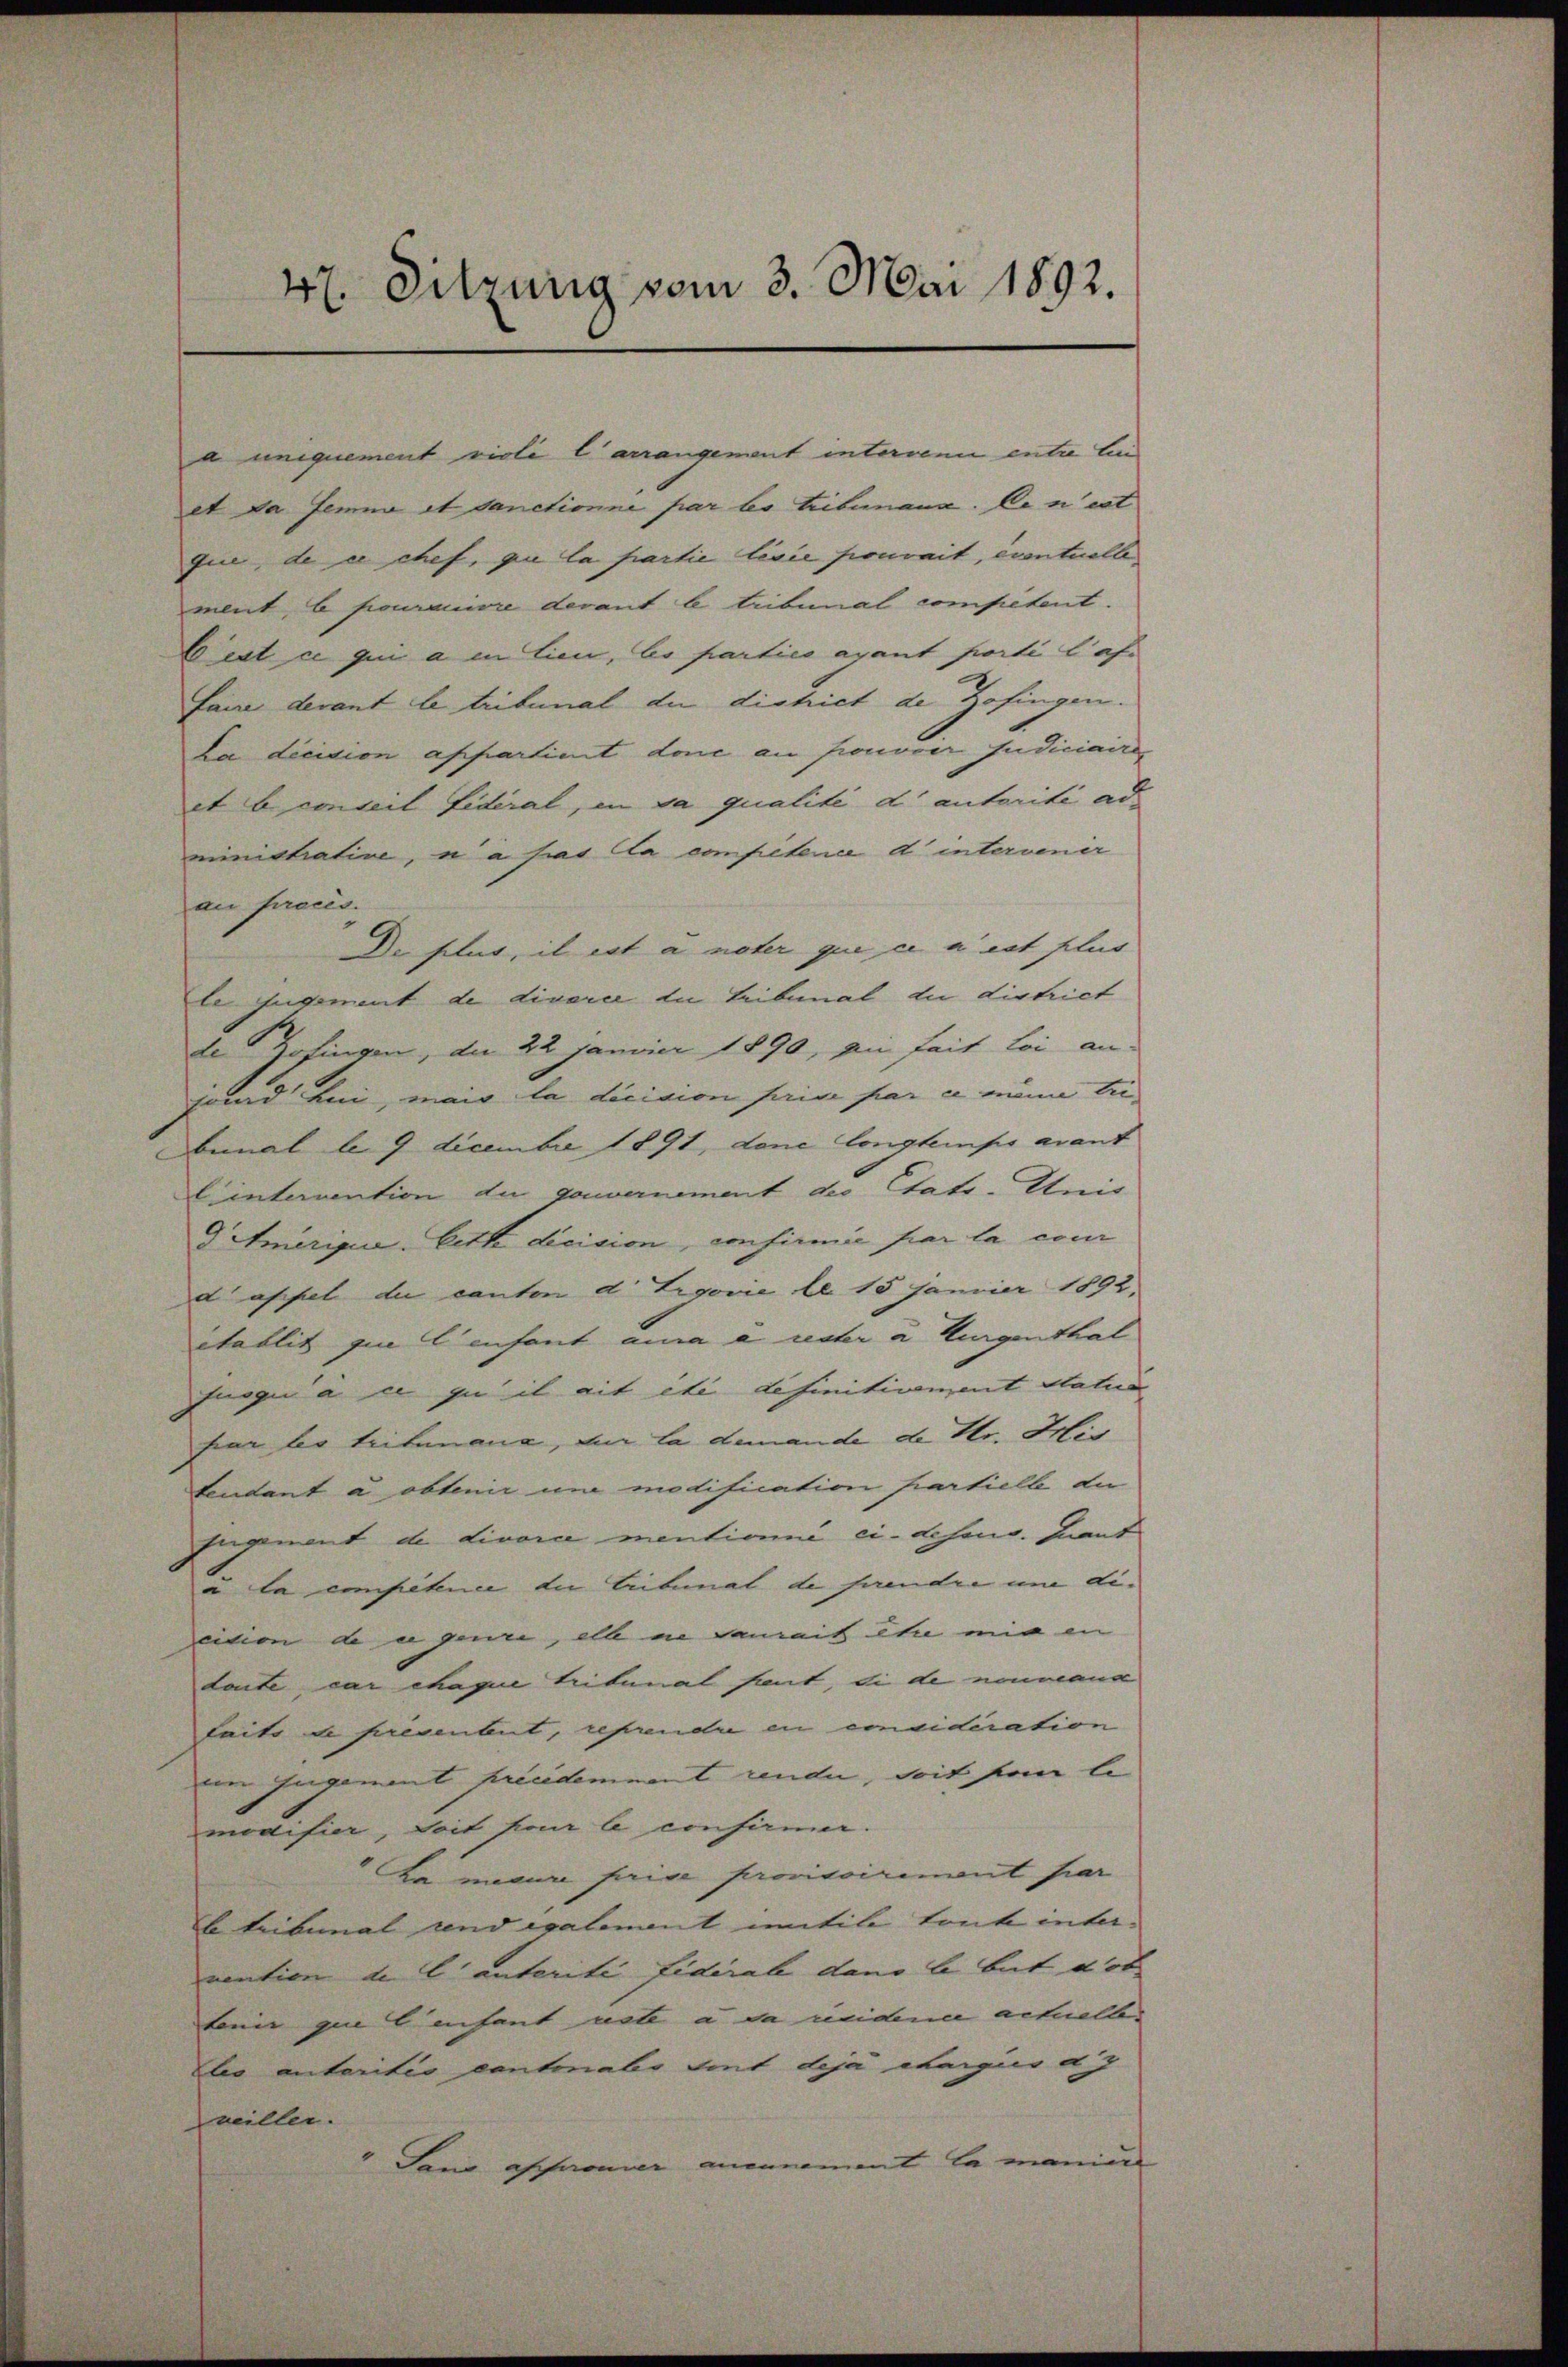
47. Sitzung vom 3. Mai 1892.

a uniquement violi Carrangement interren entre lin
et da seiner et sanctionne par to tribunaux. Ce n’est
que, de ce chef, que la partie lisie pouvait, eventuelle
ment b fouranivre devant le tribunal competent.
Cest ce qui a en lieu, Es parties ayant porté laf¬
Fane devant le tribunal die district de Zofingen.
La dicision appartient done an pronover Indiciaires
et conseil Fidéral, in sa qualité d’autorité ad
ministrative, u a hat la competene d intervenir
an Proces.
Di helut, il est à nöter que ce a eut plus
le jugement de divorce die Tribunal die district
de Zofingen, der 22 Janiier 1890, a fait loi an-
sund bei, mais la dicision prive par ce mine tribemal l. 9 Decembre 1891, dene longtempo avant
lintervention die gouvernement des Etats-Unis
ditmerique. Cette dicision, confirmie par la com
d appel du canton d. Argovie de 15 Janvier 1892.
établit que Censant aura a unter u. Kurgenthal
fuggi a eu zu il ait etc definitivement Statua
har les tritanane, der la demande de Nr. Wir
tentant a obtenir um modification partielle de
Engnant de Livorce mentionné ci-desent. Quant
à la competen die Lubinat de fandre um die
eion der e geure, alle an damit ehe mir in
doute car chaque tritemal faut, di de nouveaux
Laite de heventut, reprendre en einaideration
m Engement précédemment rende, soit pour le
modifier, soit pour le confirmer.
La mesure prise provisoirement par
b tribunal und evalement mitile toute inter-
vention der C. unterite fiderab dano b but dot
tenir que Lachent acte a da neichne actuellelie unteritio contrabo tent deja charges d
veiller.
Dam osaune annement la maniuf